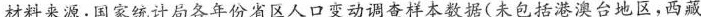
材料来源：国家统计局各年份省区人口变动调查样本数据(未包括港澳台地区，西藏